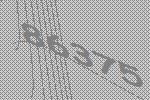
86375